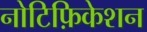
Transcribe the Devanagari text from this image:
नोटिफ़िकेशन